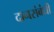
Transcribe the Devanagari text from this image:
दानसंबंधी